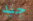
جيد